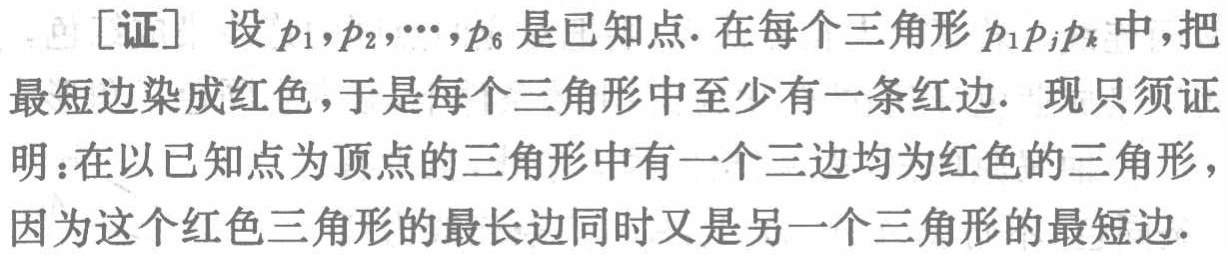
[证] 设 \(p_1,p_2,\cdots,p_6\) 是已知点. 在每个三角形 \(p_1p_jp_k\) 中,把最短边染成红色,于是每个三角形中至少有一条红边. 现只须证明：在以已知点为顶点的三角形中有一个三边均为红色的三角形，因为这个红色三角形的最长边同时又是另一个三角形的最短边.